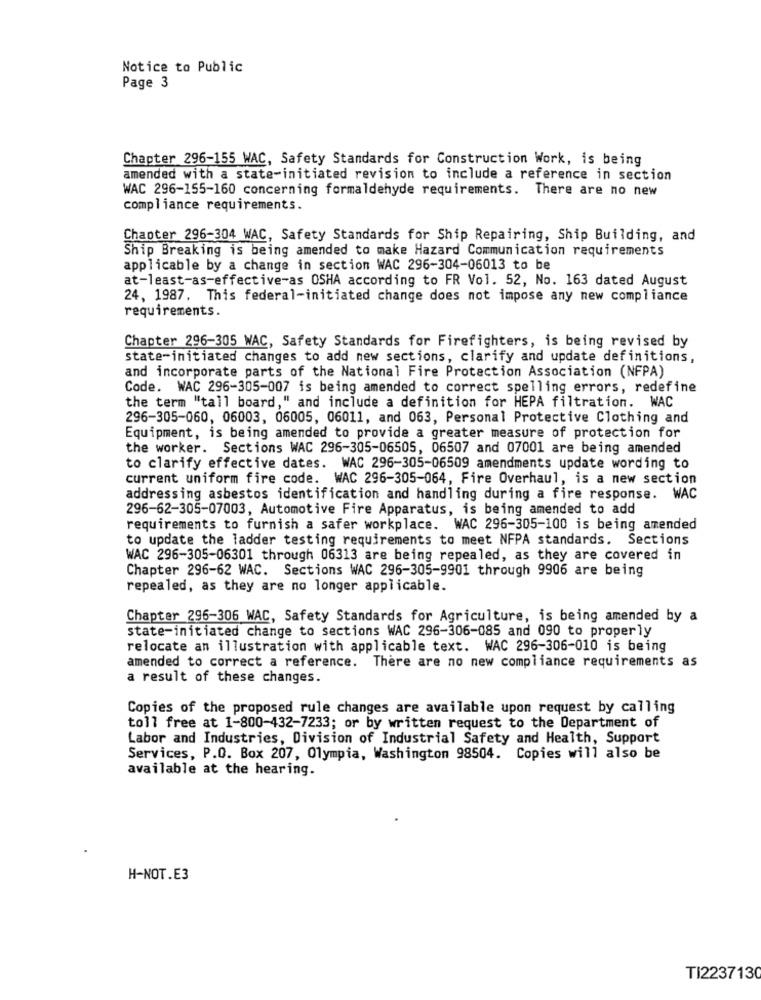
Notice to Public
Page 3
Chapter 296-155 WAC, Safety Standards for Construction Work, is being
amended with a state-initiated revision to include a reference in section
WAC 296-155-160 concerning formaldehyde requirements. There are no new
compliance requirements.
Chapter 296-304 WAC, Safety Standards for Ship Repairing, Ship Building, and
Ship Breaking is being amended to make Hazard Communication requirements
applicable by a change in section WAC 296-304-06013 to be
at-least-as-effective-as OSHA according to FR Vol. 52, No. 163 dated August
24, 1987. This federal-initiated change does not impose any new compliance
requirements.
Chapter 296-305 WAC, Safety Standards for Firefighters, is being revised by
state-initiated changes to add new sections, clarify and update definitions,
and incorporate parts of the National Fire Protection Association (NFPA)
Code. WAC 296-305-007 is being amended to correct spelling errors, redefine
the term "tall board," and include a definition for HEPA filtration. WAC
296-305-060, 06003, 06005, 06011, and 063, Personal Protective Clothing and
Equipment, is being amended to provide a greater measure of protection for
the worker. Sections WAC 296-305-06505, 06507 and 07001 are being amended
to clarify effective dates. WAC 296-305-06509 amendments update wording to
current uniform fire code. WAC 296-305-064, Fire Overhaul, is a new section
addressing asbestos identification and handling during a fire response. WAC
296-62-305-07003, Automotive Fire Apparatus, is being amended to add
requirements to furnish a safer workplace. WAC 296-305-100 is being amended
to update the ladder testing requirements to meet NFPA standards. Sections
WAC 296-305-06301 through 06313 are being repealed, as they are covered in
Chapter 296-62 WAC. Sections WAC 296-305-9901 through 9906 are being
repealed, as they are no longer applicable.
Chapter 296-306 WAC, Safety Standards for Agriculture, is being amended by a
state-initiated change to sections WAC 296-306-085 and 090 to properly
relocate an illustration with applicable text. WAC 296-306-010 is being
amended to correct a reference. There are no new compliance requirements as
a result of these changes.
Copies of the proposed rule changes are available upon request by calling
toll free at 1-800-432-7233; or by written request to the Department of
Labor and Industries, Division of Industrial Safety and Health, Support
Services, P.O. Box 207, Olympia, Washington 98504. Copies will also be
available at the hearing.
H-NOT.E3
TI2237130